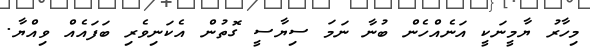
މިހާރު ޔާމީނަކީ އަނެއްހެން ބުނާ ނަމަ ސިޔާސީ ގޮތުން އެކަނިވެރި ބަފައެއް ވިއްޔާ.